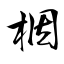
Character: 栶